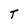
Character: T